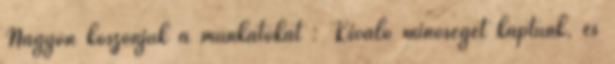
Nagyon köszönjük a munkátokat : Kiváló minőséget kaptunk, és